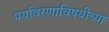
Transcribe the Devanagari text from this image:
पर्यावरणाविषयीच्या